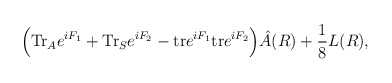
\begin{align*}\Big( {\rm Tr}_A e^{iF_1} + {\rm Tr}_S e^{iF_2} - {\rm tr}e^{iF_1}{\rm tr} e^{iF_2}\Big) \hat A(R) +{1\over 8} L(R),\end{align*}